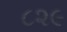
૮૨૯